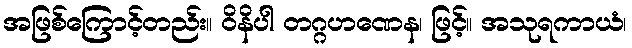
အဖြစ်ကြောင့်တည်း။ ဝိနိပါ တဂ္ဂဟဏေန၊ ဖြင့်။ အသုရကာယံ၊